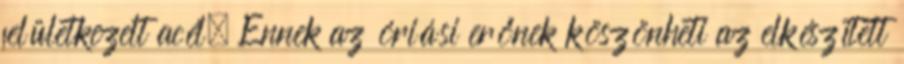
felületkezelt acél. Ennek az óriási erőnek köszönheti az elkészített